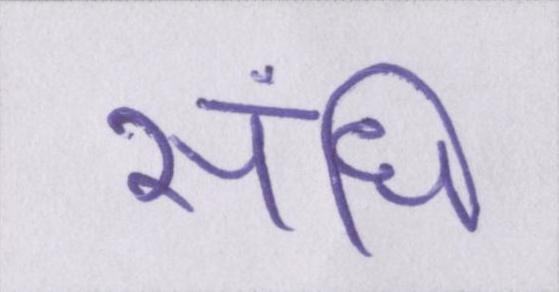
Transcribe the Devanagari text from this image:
संधि